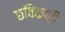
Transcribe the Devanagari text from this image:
छविकारी